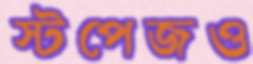
স্টপেজও